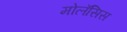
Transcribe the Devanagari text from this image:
मोलॅसिस